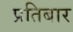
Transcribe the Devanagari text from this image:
प्रतिबार